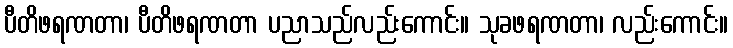
ပီတိဖရဏတာ၊ ပီတိဖရဏတာ ပညာသည်လည်းကောင်း။ သုခဖရဏတာ၊ လည်းကောင်း။